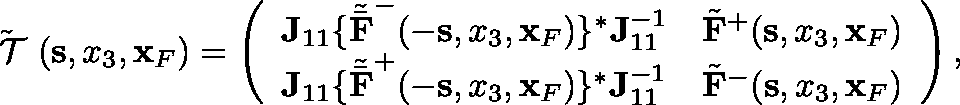
\begin{array} { r l r } & { } & { \tilde { { { \mathrm { \boldmath ~ { \cal ~ T } ~ } } } } ( { \bf s } , x _ { 3 } , { \bf x } _ { F } ) = \left( \begin{array} { l l } { { \bf J } _ { 1 1 } \{ { \tilde { \bar { \bf F } } } ^ { - } ( - { \bf s } , x _ { 3 } , { \bf x } _ { F } ) \} ^ { * } { \bf J } _ { 1 1 } ^ { - 1 } } & { \tilde { \bf F } ^ { + } ( { \bf s } , x _ { 3 } , { \bf x } _ { F } ) } \\ { { \bf J } _ { 1 1 } \{ { \tilde { \bar { \bf F } } } ^ { + } ( - { \bf s } , x _ { 3 } , { \bf x } _ { F } ) \} ^ { * } { \bf J } _ { 1 1 } ^ { - 1 } } & { \tilde { \bf F } ^ { - } ( { \bf s } , x _ { 3 } , { \bf x } _ { F } ) } \end{array} \right) , } \end{array}